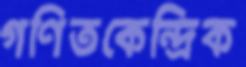
গণিতকেন্দ্রিক